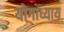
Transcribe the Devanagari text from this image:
योगाध्याय